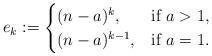
LaTeX: \begin{align*} e_k := \begin{cases} (n-a)^k, &\mbox{if } a >1, \\ (n-a)^{k-1}, &\mbox{if } a=1. \end{cases} \end{align*}